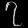
Digit: ၇